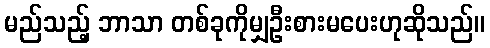
မည်သည့် ဘာသာ တစ်ခုကိုမျှဦးစားမပေးဟုဆိုသည်။